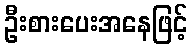
ဦးစားပေးအနေဖြင့်